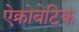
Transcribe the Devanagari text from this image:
ऐक्रोबेटिक